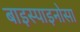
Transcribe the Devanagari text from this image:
बाइस्पाइनोसा